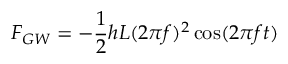
F _ { G W } = - \frac { 1 } { 2 } h L ( 2 \pi f ) ^ { 2 } \cos ( 2 \pi f t )